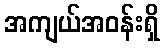
အကျယ်အဝန်းရှိ